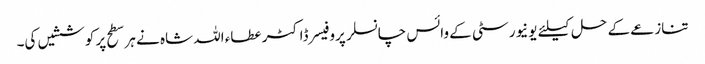
تنازعے کے حل کیلئے یونیورسٹی کے وائس چانسلر پروفیسر ڈاکٹر عطاء اللہ شاہ نے ہر سطح پر کوششیں کی۔